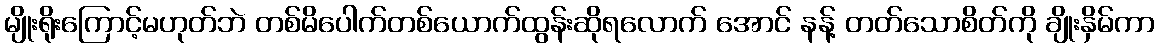
မျိုးရိုးကြောင့်မဟုတ်ဘဲ တစ်မိပေါက်တစ်ယောက်ထွန်းဆိုရလောက် အောင် နန့် တတ်သောစိတ်ကို ချိုးနှိမ်ကာ